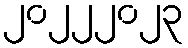
၂၀၂၂၂၀၂၃